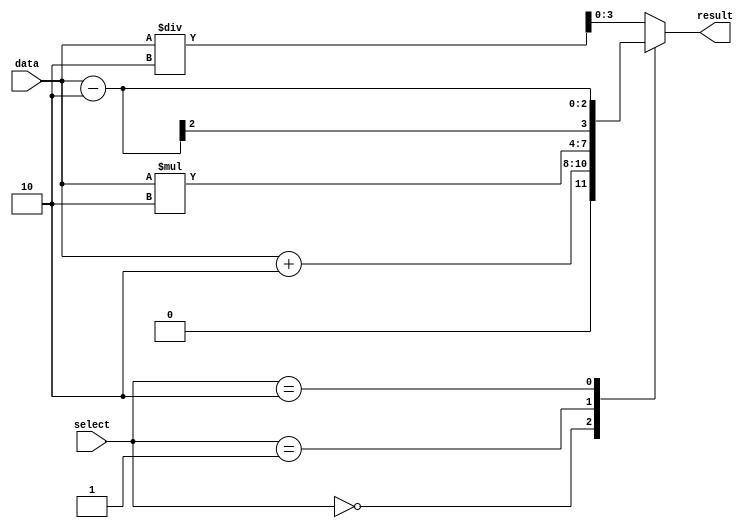
module priority_case(
  input wire [1:0] select,
  input wire [1:0] data,
  output reg [3:0] result
);

always @(*)
begin
  case (select)
    2'd0: result = data + 2;  // Highest priority case
    2'd1: result = data * 2;
    2'd2: result = data - 2;
    default: result = data / 2;
  endcase
end

endmodule